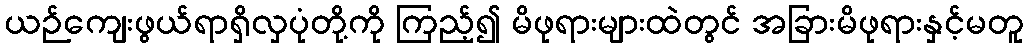
ယဉ်ကျေးဖွယ်ရာရှိလှပုံတို့ကို ကြည့်၍ မိဖုရားများထဲတွင် အခြားမိဖုရားနှင့်မတူ